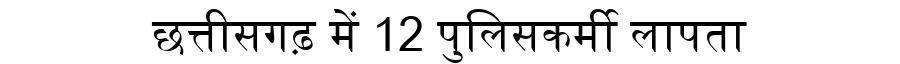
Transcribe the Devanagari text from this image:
छत्तीसगढ़ में 12 पुलिसकर्मी लापता